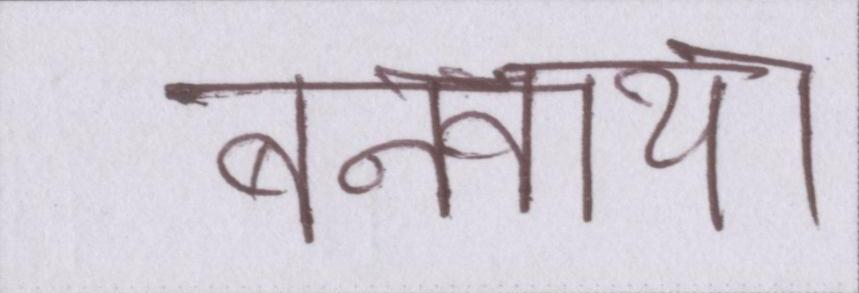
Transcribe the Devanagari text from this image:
बनवाया